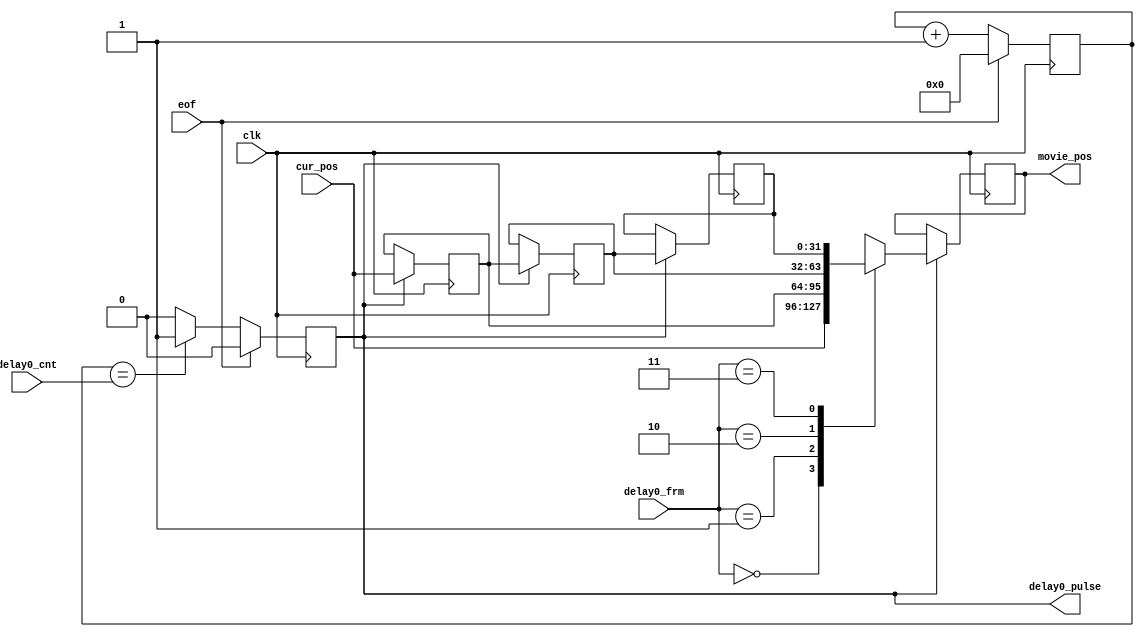
module img_delay_ctl # (
	parameter integer C_STEP_NUMBER_WIDTH = 32,
	parameter integer C_FRMN_WIDTH = 2,
	parameter integer C_TEST = 0
) (
	input clk,
	input eof,

	input  wire [31:0]              delay0_cnt,
	input  wire [C_FRMN_WIDTH-1:0]  delay0_frm,
	output reg                      delay0_pulse,

	input wire signed [C_STEP_NUMBER_WIDTH-1:0] cur_pos,
	output reg signed [C_STEP_NUMBER_WIDTH-1:0] movie_pos
);

	reg [31:0] time_cnt;
	always @ (posedge clk) begin
		if (eof)
			time_cnt <= 0;
		else
			time_cnt <= time_cnt + 1;
	end
	always @ (posedge clk) begin
		if (eof)
			delay0_pulse <= 0;
		else if (time_cnt == delay0_cnt)
			delay0_pulse <= 1'b1;
		else
			delay0_pulse <= 0;
	end

	localparam integer C_MAX_FRMN = 2**C_FRMN_WIDTH;
	reg signed [C_STEP_NUMBER_WIDTH-1:0]	history_pos[C_MAX_FRMN-1:1];
	wire signed [C_STEP_NUMBER_WIDTH-1:0]   hisAcur_pos[C_MAX_FRMN-1:0];
	always @ (posedge clk) begin
		if (delay0_pulse)
			history_pos[1] <= cur_pos;
	end
	genvar i;
	generate
		for (i = 2; i < C_MAX_FRMN; i = i+1) begin
			always @ (posedge clk) begin
				if (delay0_pulse)
					history_pos[i] <= history_pos[i-1];
			end
		end

		for (i = 1; i < C_MAX_FRMN; i = i+1) begin
			assign hisAcur_pos[i] = history_pos[i];
		end
		assign hisAcur_pos[0] = cur_pos;
	endgenerate

	always @ (posedge clk) begin
		if (delay0_pulse)
			movie_pos <= hisAcur_pos[delay0_frm];
	end
endmodule